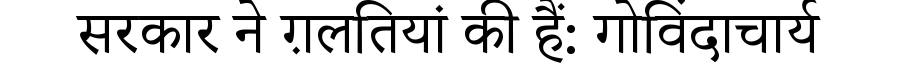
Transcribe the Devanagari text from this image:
सरकार ने ग़लतियां की हैं: गोविंदाचार्य